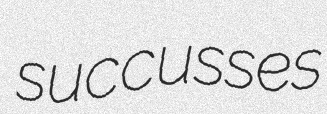
succusses